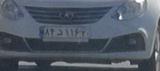
۸۴د۱۱۶۲۰